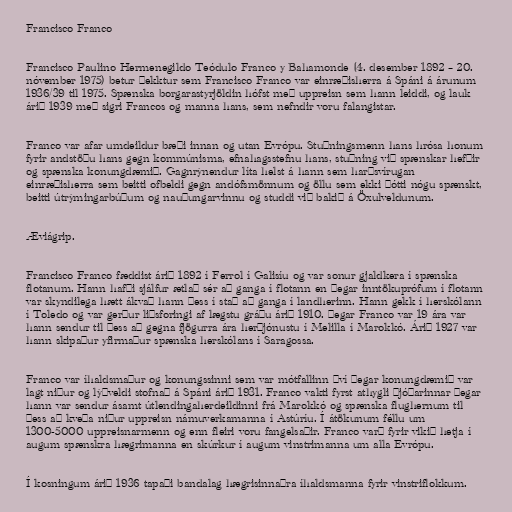
Francisco Franco

Francisco Paulino Hermenegildo Teódulo Franco y Bahamonde (4. desember 1892 – 20.
nóvember 1975) betur þekktur sem Francisco Franco var einræðisherra á Spáni á árunum
1936/39 til 1975. Spænska borgarastyrjöldin hófst með uppreisn sem hann leiddi, og lauk
árið 1939 með sigri Francos og manna hans, sem nefndir voru falangistar.

Franco var afar umdeildur bæði innan og utan Evrópu. Stuðningsmenn hans hrósa honum
fyrir andstöðu hans gegn kommúnisma, efnahagsstefnu hans, stuðning við spænskar hefðir
og spænska konungdæmið. Gagnrýnendur líta helst á hann sem harðsvírugan
einræðisherra sem beitti ofbeldi gegn andófsmönnum og öllu sem ekki þótti nógu spænskt,
beitti útrýmingarbúðum og nauðungarvinnu og studdi við bakið á Öxulveldunum.

Æviágrip.

Francisco Franco fæddist árið 1892 í Ferrol í Galisíu og var sonur gjaldkera í spænska
flotanum. Hann hafði sjálfur ætlað sér að ganga í flotann en þegar inntökuprófum í flotann
var skyndilega hætt ákvað hann þess í stað að ganga í landherinn. Hann gekk í herskólann
í Toledo og var gerður liðsforingi af lægstu gráðu árið 1910. Þegar Franco var 19 ára var
hann sendur til þess að gegna fjögurra ára herþjónustu í Melilla í Marokkó. Árið 1927 var
hann skipaður yfirmaður spænska herskólans í Saragossa.

Franco var íhaldsmaður og konungssinni sem var mótfallinn því þegar konungdæmið var
lagt niður og lýðveldi stofnað á Spáni árið 1931. Franco vakti fyrst athygli þjóðarinnar þegar
hann var sendur ásamt útlendingaherdeildinni frá Marokkó og spænska flughernum til
þess að kveða niður uppreisn námuverkamanna í Astúríu. Í átökunum féllu um
1300-5000 uppreisnarmenn og enn fleiri voru fangelsaðir. Franco varð fyrir vikið hetja í
augum spænskra hægrimanna en skúrkur í augum vinstrimanna um alla Evrópu.

Í kosningum árið 1936 tapaði bandalag hægrisinnaðra íhaldsmanna fyrir vinstriflokkum.